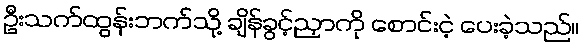
ဦးသက်ထွန်းဘက်သို့ ချိန်ခွင့်ညှာကို စောင်းငဲ့ ပေးခဲ့သည်။